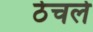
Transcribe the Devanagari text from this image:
ठेचले